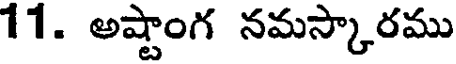
11. అష్టాంగ నమస్కారము